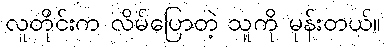
လူတိုင်းက လိမ်ပြောတဲ့ သူကို မုန်းတယ်။